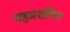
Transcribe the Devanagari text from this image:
बहुप्रशंषित